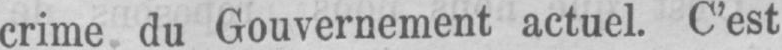
crime du Gouvernement actuel. C’est